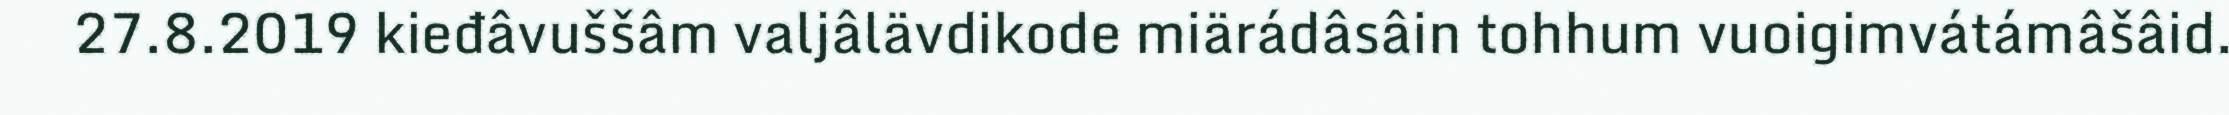
27.8.2019 kieđâvuššâm valjâlävdikode miärádâsâin tohhum vuoigimvátámâšâid.